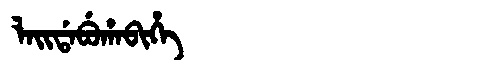
Manchu: ᠯᠠᡳᡩᠠᠪᡠᡥᠠᠪᡳᡥᡝ
Romanization: LAIDABUHABIHE